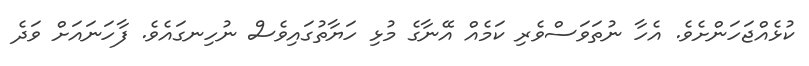
ކުޅެއްޖަހަންށެވެ. އެހާ ނުތަވަސްވެރި ކަމެއް އޭނާގެ މުޅި ހަޔާތުގައިވެސް ނުހިނގައެވެ. ފާހަނައަށް ވަދެ